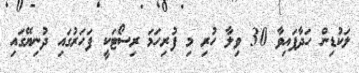
ލަކުޑިން ހަދާފައިވާ 30 ވިލާ ހުރި މި ފުރިހަމަ ރިސޯޓަކީ ފަހަރުގައި ދުނިޔޭގައި